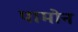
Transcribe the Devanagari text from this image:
पामोन